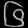
Digit: ၆